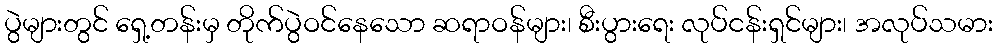
ပွဲများတွင် ရှေ့တန်းမှ တိုက်ပွဲဝင်နေသော ဆရာဝန်များ၊ စီးပွားရေး လုပ်ငန်းရှင်များ၊ အလုပ်သမား